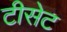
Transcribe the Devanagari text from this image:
टीसेट